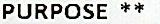
PURPOSE **